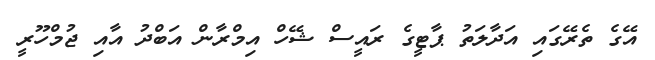
އޭގެ ތެރޭގައި އަދާލަތު ޕާޓީގެ ރައީސް ޝޭހް އިމްރާން އަބްދު އާއި ޖުމްހޫރީ